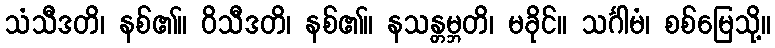
သံသီဒတိ၊ နစ်၏။ ဝိသီဒတိ၊ နစ်၏။ နသန္တမ္ဘတိ၊ မခိုင်။ သင်္ဂါမံ၊ စစ်မြေသို့။